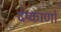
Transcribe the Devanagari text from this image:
देष्काणों